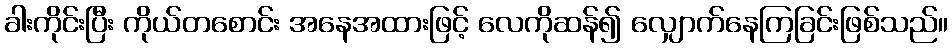
ခါးကိုင်းပြီး ကိုယ်တစောင်း အနေအထားဖြင့် လေကိုဆန်၍ လျှောက်နေကြခြင်းဖြစ်သည်။